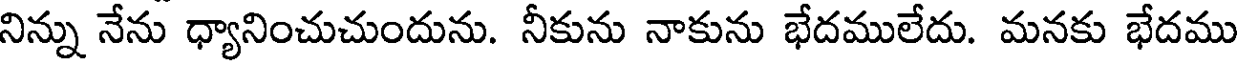
నిన్ను నేను ధ్యానించుచుందును. నీకును నాకును భేదములేదు. మనకు భేదము